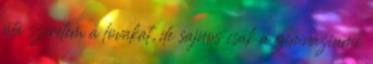
óta szeretem a lovakat, de sajnos csak a gimnáziumi